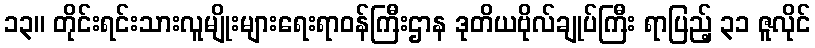
၁၃။ တိုင်းရင်းသားလူမျိုးများရေးရာဝန်ကြီးဌာန ဒုတိယဗိုလ်ချုပ်ကြီး ရာပြည့် ၃၁ ဇူလိုင်